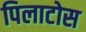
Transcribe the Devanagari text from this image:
पिलाटोस